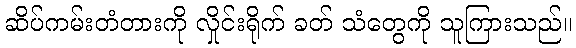
ဆိပ်ကမ်းတံတားကို လှိုင်းရိုက် ခတ် သံတွေကို သူကြားသည်။